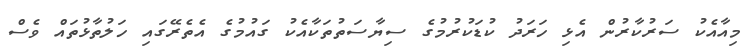
މިއާއެކު ސަރުކާރުން އެޅި ހަރަދު ކުޑަކުރުމުގެ ސިޔާސަތުތަކާއެކު ގައުމުގެ އެތެރޭގައި ހަލުތާޅުތައް ވެސް